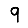
Digit: 9